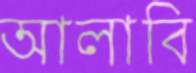
আলাবি